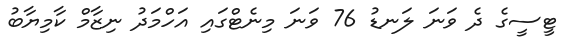
ޓީސީގެ ދެ ވަނަ ލަނޑު 76 ވަނަ މިނެޓްގައި އަހްމަދު ނިޒާމް ކާމިޔާބު